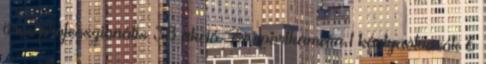
üres professzionális 38 akció- és sportkamera 1 kártyaolvasók 6